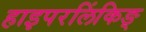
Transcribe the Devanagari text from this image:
हाइपरलिंकिङ्